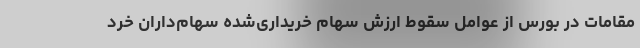
مقامات در بورس از عوامل سقوط ارزش سهام خریداری‌شده سهام‌داران خرد